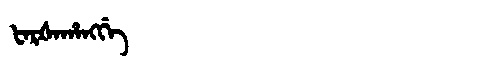
Manchu: ᡶᠠᡵᡧᠠᡥᠠᠩᡤᡝ
Romanization: FARŠAHANGGE